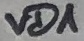
Text: VD1